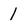
Character: l